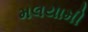
મલયામી